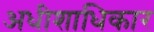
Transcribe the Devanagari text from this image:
अधीशाधिकार